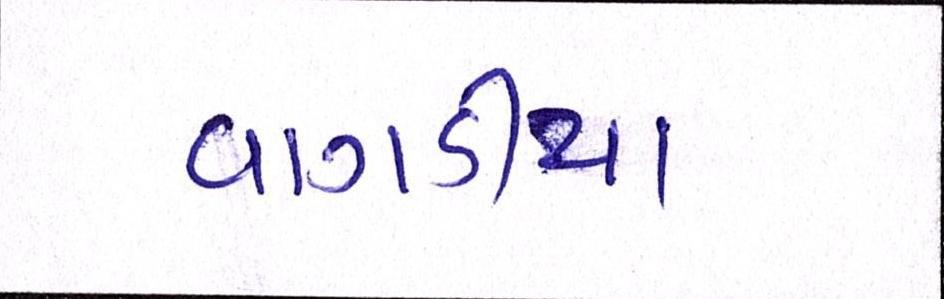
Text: વાગડીયા